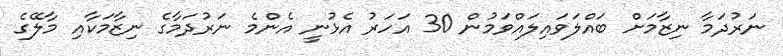
ނަރުދަމާ ނިޒާމަށް ބައްލަވައިލައްވަމުން 30 އަހަރު އެޅުނީ އެންމެ ނަރުދަމާގެ ނިޒާމަކާއި މާލޭގެ